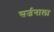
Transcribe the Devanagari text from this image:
सर्जनाला